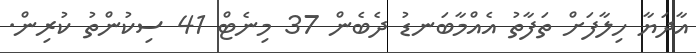
އާދަޔާ ހިލާފަށް ތަފާތު އެއްމާބަނޑު ދެބެން 37 މިނެޓް 41 ސިކުންތު ކުރިން.